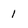
Character: l